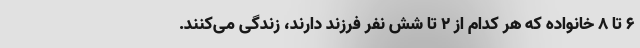
۶ تا ۸ خانواده که هر کدام از ۲ تا شش نفر فرزند دارند، زندگی می‌کنند.